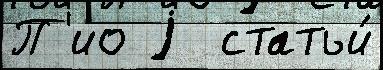
П'ио j  статьи́